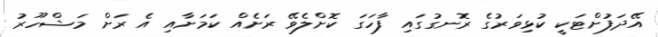
އޭދަފުށްޓަކީ ކުޅިވަރުގެ ރޮނގުގައި ފާހަގަ ކޮށްލެވޭ ރަށެއް ކަމަށާއި އެ ރަށް މަޝްހޫރު